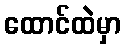
ထောင်ထဲမှာ